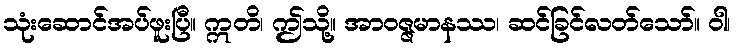
သုံးဆောင်အပ်ဖူးပြီ။ ဣတိ၊ ဤသို့။ အာဝဇ္ဇမာနဿ၊ ဆင်ခြင်လတ်သော်။ ဝါ၊